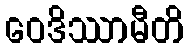
ဝေဒိဿာမီတိ